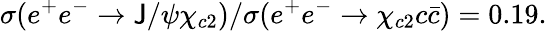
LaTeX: \sigma(e^{+}e^{-}\rightarrow\mathsf{J}/\psi\chi_{c2})/\sigma(e^{+}e^{-}\rightarrow\chi_{c2}c\bar{{c}})=0.19.